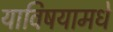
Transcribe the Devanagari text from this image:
याविषयामधे